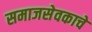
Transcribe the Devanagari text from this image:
समाजसेवकाचे